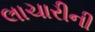
લાચારીની